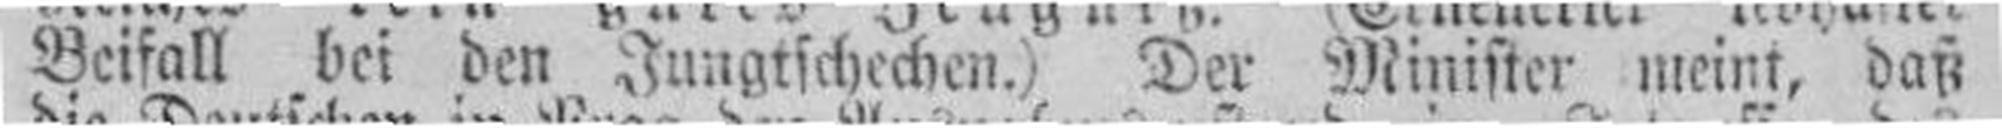
Beifall bei den Jungtschechen.) Der Minister meint, daß